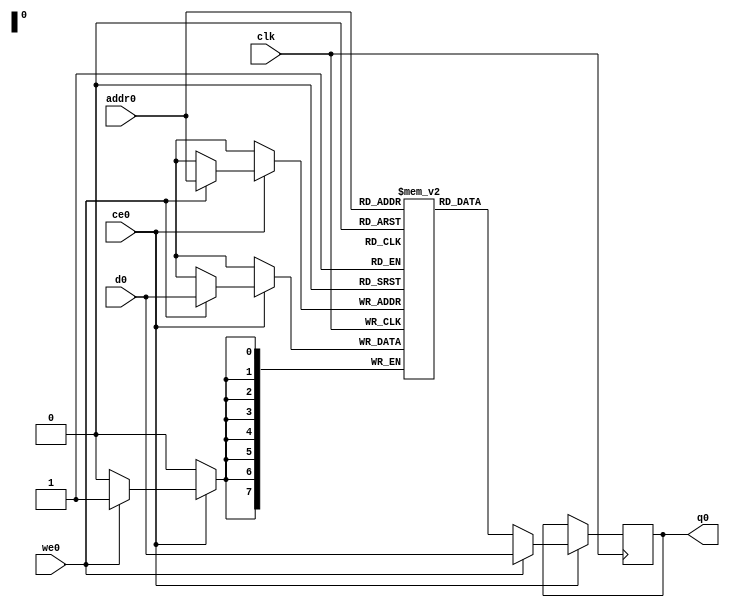
// ==============================================================
// File generated by Vivado(TM) HLS - High-Level Synthesis from C, C++ and SystemC
// Version: 2018.2
// Copyright (C) 1986-2018 Xilinx, Inc. All Rights Reserved.
// 
// ==============================================================

`timescale 1 ns / 1 ps
module matrix_multiply_tdEe_ram (addr0, ce0, d0, we0, q0,  clk);

parameter DWIDTH = 8;
parameter AWIDTH = 8;
parameter MEM_SIZE = 256;

input[AWIDTH-1:0] addr0;
input ce0;
input[DWIDTH-1:0] d0;
input we0;
output reg[DWIDTH-1:0] q0;
input clk;

(* ram_style = "block" *)reg [DWIDTH-1:0] ram[0:MEM_SIZE-1];




always @(posedge clk)  
begin 
    if (ce0) 
    begin
        if (we0) 
        begin 
            ram[addr0] <= d0; 
            q0 <= d0;
        end 
        else 
            q0 <= ram[addr0];
    end
end


endmodule


`timescale 1 ns / 1 ps
module matrix_multiply_tdEe(
    reset,
    clk,
    address0,
    ce0,
    we0,
    d0,
    q0);

parameter DataWidth = 32'd8;
parameter AddressRange = 32'd256;
parameter AddressWidth = 32'd8;
input reset;
input clk;
input[AddressWidth - 1:0] address0;
input ce0;
input we0;
input[DataWidth - 1:0] d0;
output[DataWidth - 1:0] q0;



matrix_multiply_tdEe_ram matrix_multiply_tdEe_ram_U(
    .clk( clk ),
    .addr0( address0 ),
    .ce0( ce0 ),
    .we0( we0 ),
    .d0( d0 ),
    .q0( q0 ));

endmodule